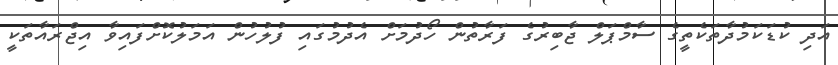
އަދި ކުޑަކަމުދާތަކެތީގެ ސާމްޕަލް ޖާބިރުގެ ފަރާތުން ހޯދުމަށް އެދުމުގައި ފުލުހުން އަމަލުކޮށްފައިވާ އިޖްރައާތަކީ